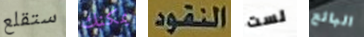
ستقلع يمكنك النقود لست البائع